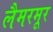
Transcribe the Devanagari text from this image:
लैमरमूर